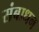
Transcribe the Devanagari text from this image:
संबाधन